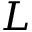
L